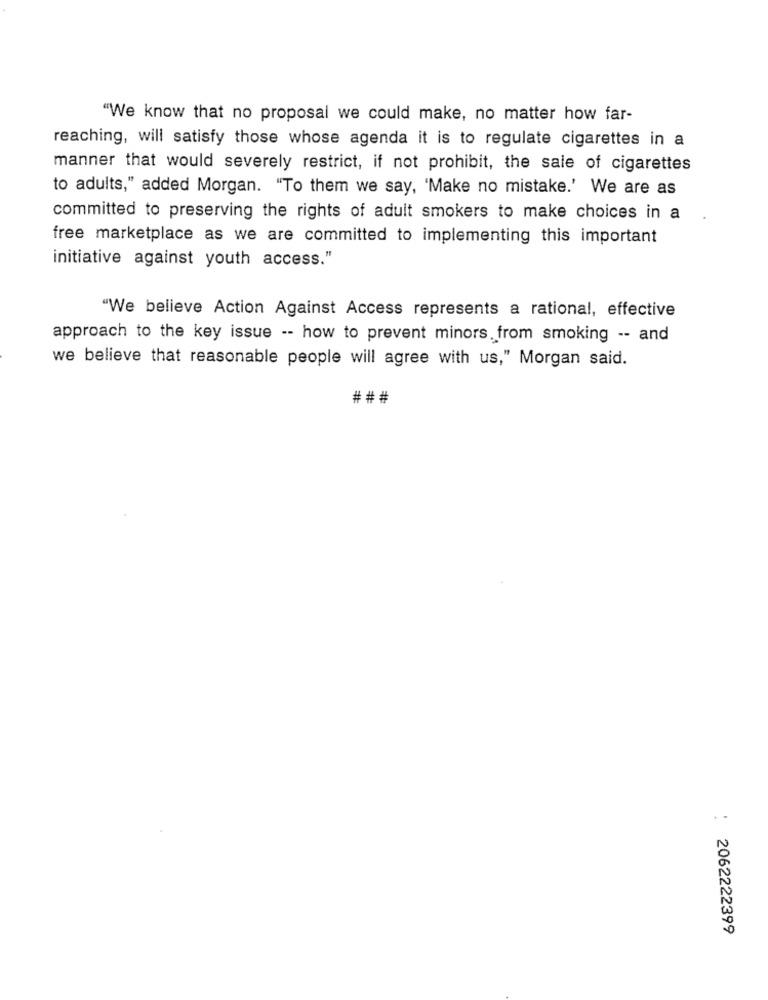
"We know that no proposal we could make, no matter how far-
reaching, will satisfy those whose agenda it is to regulate cigarettes in a
manner that would severely restrict, if not prohibit, the sale of cigarettes
to adults," added Morgan. "To them we say, 'Make no mistake.' We are as
committed to preserving the rights of adult smokers to make choices in a
free marketplace as we are committed to implementing this important
initiative against youth access."
"We believe Action Against Access represents a rational, effective
approach to the key issue -- how to prevent minors. from smoking -- and
we believe that reasonable people will agree with us," Morgan said.
###
: 2062222399